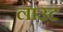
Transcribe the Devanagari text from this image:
लाउट